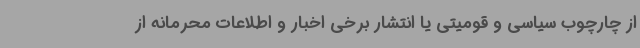
از چارچوب سیاسی و قومیتی یا انتشار برخی اخبار و اطلاعات محرمانه از